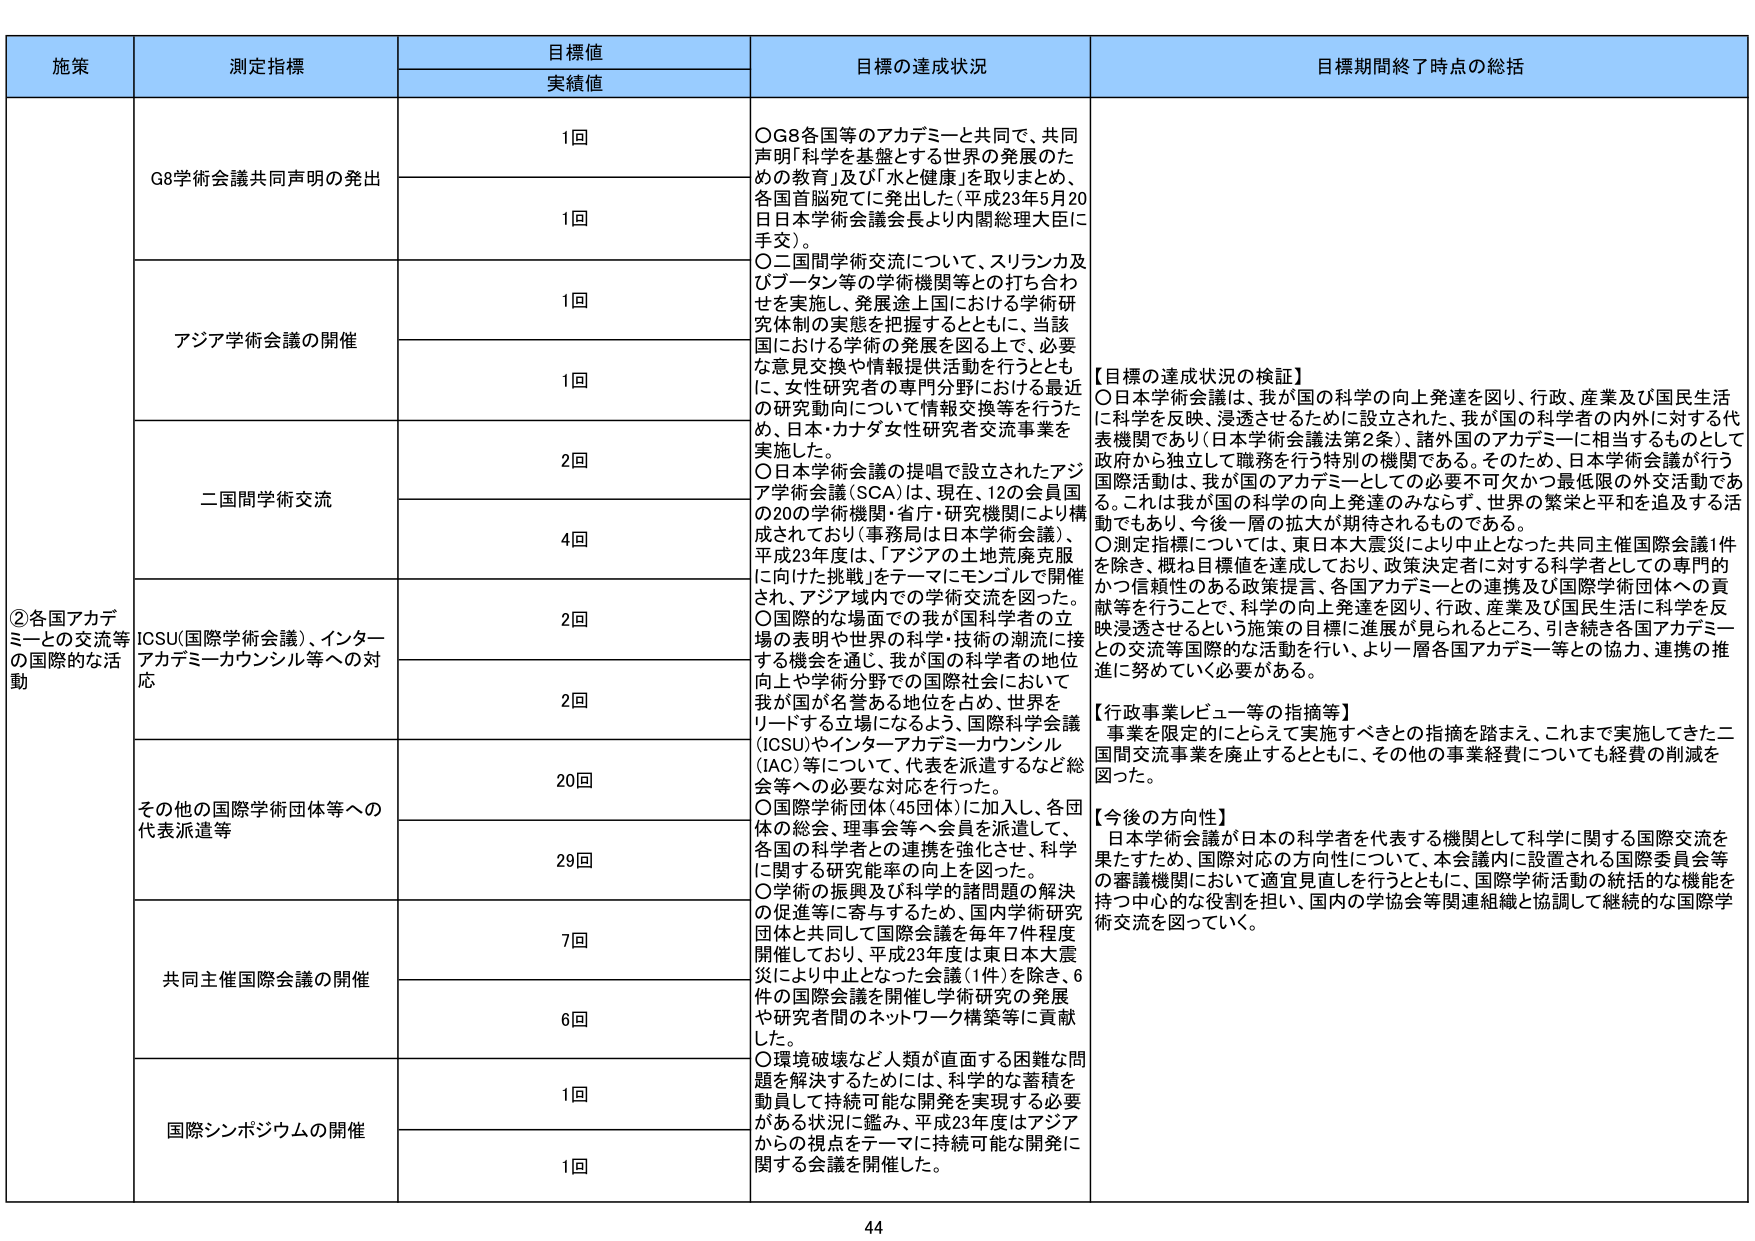
施策 測定指標 目標値 実績値 目標の達成状況 目標期間終了時点の総括
②各国アカデミーとの交流等の国際的な活動 G8学術会議共同声明の発出 1回 1回 ○G8各国等のアカデミーと共同で、共同声明「科学を基盤とする世界の発展のための教育」及び「水と健康」を取りまとめ、各国首脳宛てに発出した（平成23年5月20日日本学術会議会長より内閣総理大臣に手交）。
アジア学術会議の開催 1回 1回 ○二国間学術交流について、スリランカ及びブータン等の学術機関等との打ち合わせを実施し、発展途上国における学術研究体制の実態を把握するとともに、当該国における学術の発展を図る上で、必要な意見交換や情報提供活動を行うとともに、女性研究者の専門分野における最近の研究動向について情報交換等を行うため、日本・カナダ女性研究者交流事業を実施した。
二国間学術交流 2回 4回 ○日本学術会議の提唱で設立されたアジア学術会議（SCA）は、現在、12の会員国の20の学術機関・省庁・研究機関により構成されており（事務局は日本学術会議）、平成23年度は、「アジアの土地荒廃克服に向けた挑戦」をテーマにモンゴルで開催され、アジア域内での学術交流を図った。
ICSU（国際学術会議）、インターナショナルアカデミーカウンシル等への対応 2回 2回 ○国際的な場面での我が国科学者の立場の表明や世界の科学・技術の潮流に接する機会を通り、我が国の科学者の地位向上や学術分野での国際社会において我が国が名誉ある地位を占め、世界をリードする立場になるよう、国際科学会議（ICSU）やインターナショナルアカデミーカウンシル（IAC）等について、代表を派遣するなど総会等への必要な対応を行った。
その他の国際学術団体等への代表派遣等 20回 29回 ○国際学術団体（45団体）に加入し、各団体の総会、理事会等へ会員を派遣して、各国の科学者との連携を強化させ、科学に関する研究能率の向上を図った。
共同主催国際会議の開催 7回 6回 ○学術の振興及び科学の諸問題の解決の促進等に寄与するため、国内学術研究団体と共同して国際会議を毎年7件程度開催しており、平成23年度は東日本大震災により中止となった会議（1件）を除き、6件の国際会議を開催し学術研究の発展や研究者間のネットワーク構築等に貢献した。
国際シンポジウムの開催 1回 1回 ○環境破壊など人類が直面する困難な問題を解決するためには、科学的な蓄積を動員して持続可能な開発を実現する必要がある状況を鑑み、平成23年度はアジアからの視点をテーマに持続可能な開発に関する会議を開催した。
【目標の達成状況の検証】
○日本学術会議は、我が国の科学の向上発達を図り、行政、産業及び国民生活に科学を反映、浸透させるために設立された、我が国の科学者の内外に対する代表機関であり（日本学術会議法第2条）、諸外国のアカデミーに相当するものとして政府から独立して職務を行う特別の機関である。そのため、日本学術会議が行う国際活動は、我が国のアカデミーとしての必要不可欠かつ最低限の外交活動である。これは我が国の科学の向上発達のみならず、世界の繁栄と平和を追及する活動でもあり、今後一層の拡大が期待されるものである。
○測定指標については、東日本大震災により中止となった共同主催国際会議1件を除き、概ね目標値を達成しており、政策決定者に対する科学者としての専門的かつ信頼性のある政策提言、各国アカデミーとの連携及び国際学術団体への貢献等を行うことで、科学の向上発達を図り、行政、産業及び国民生活に科学を反映浸透させるという施策の目標に進展が見られるところ、引き続き各国アカデミーとの交流等国際的な活動を行い、より一層各国アカデミー等との協力、連携の推進に努めていく必要がある。
【行政事業レビュー等の指摘等】
事業を限定的ににちええて実施すべきとの指摘を踏まえ、これまで実施してきた二国間交流事業を廃止するとともに、その他の事業経費についても経費の削減を図った。
【今後の方針】
日本学術会議が日本の科学者を代表する機関として科学に関する国際交流を果たすため、国際対応の方針性について、本会議内に設置される国際委員会等の審議機関において適宜見直しを行うとともに、国際学術活動の統括的な機能を持つ中心的な役割を担い、国内の学協会等関連組織と協調して継続的な国際学術交流を図っていく。
44